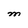
Character: M